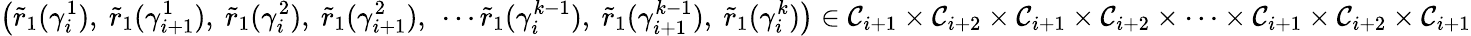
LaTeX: \bigl(\widetilde{r}_{1}(\gamma_{i}^{1}),\ \widetilde{r}_{1}(\gamma_{i+1}^{1}),\ \widetilde{r}_{1}(\gamma_{i}^{2}),\ \widetilde{r}_{1}(\gamma_{i+1}^{2}),\ \cdots\widetilde{r}_{1}(\gamma_{i}^{k-1}),\ \widetilde{r}_{1}(\gamma_{i+1}^{k-1}),\ \widetilde{r}_{1}(\gamma_{i}^{k})\bigr)\in\mathcal{C}_{i+1}\times\mathcal{C}_{i+2}\times\mathcal{C}_{i+1}\times\mathcal{C}_{i+2}\times\cdots\times\mathcal{C}_{i+1}\times\mathcal{C}_{i+2}\times\mathcal{C}_{i+1}